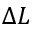
\Delta L